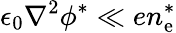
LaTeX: \epsilon_{0}\nabla^{2}\phi^{*}\ll en_{\mathrm{e}}^{*}